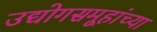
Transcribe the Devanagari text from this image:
उद्योगसमूहांच्या